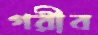
গরীব